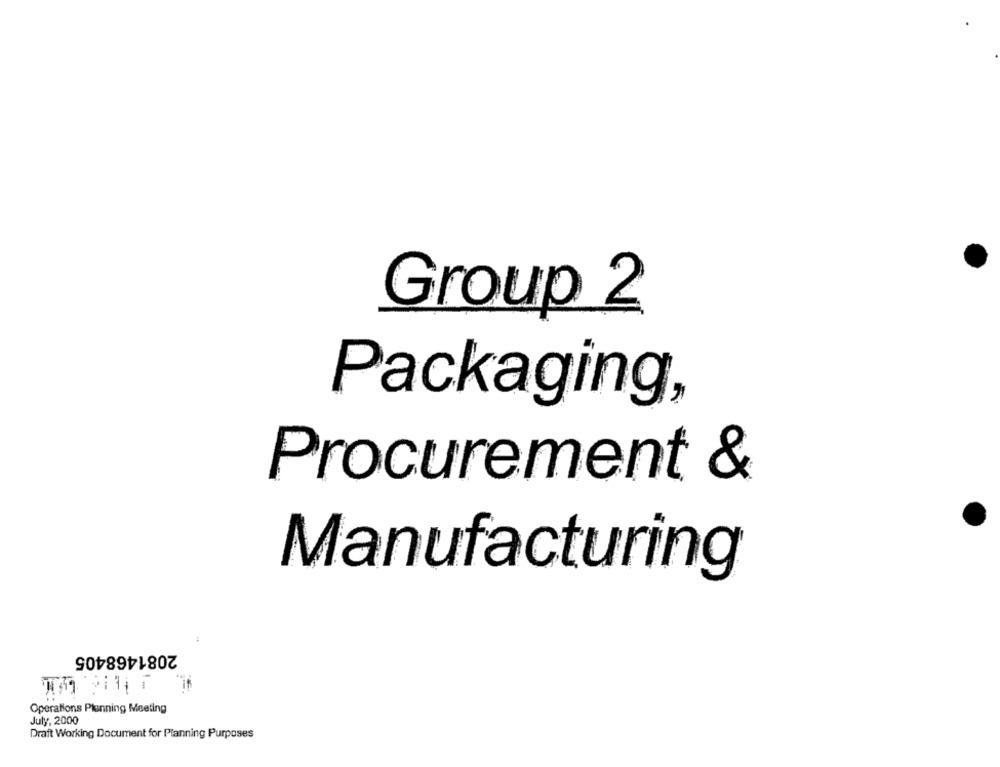
Group 2
Packaging,
Procurement &
Manufacturing
2081468405
Operations Planning Meeting
July, 2000
Draft Working Document for Planning Purposes